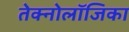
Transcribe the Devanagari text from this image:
तेक्नोलॉजिका